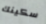
سكينك